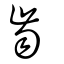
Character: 齒